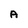
Character: A